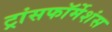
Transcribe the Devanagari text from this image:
ट्रांसफॉर्मेशंस